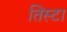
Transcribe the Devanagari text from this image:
तिस्टा